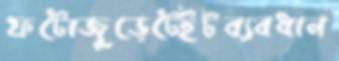
ফটোজুড়েটেইটব্যবধান